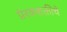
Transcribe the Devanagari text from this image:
प्रेरकशक्तीचे